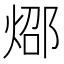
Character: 𰞸